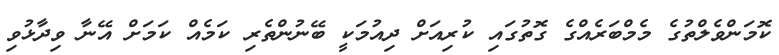
ކޮމަންވެލްތުގެ މެމްބަރެއްގެ ގޮތުގައި ކުރިއަށް ދިއުމަކީ ބޭނުންތެރި ކަމެއް ކަމަށް އޭނާ ވިދާޅުވި